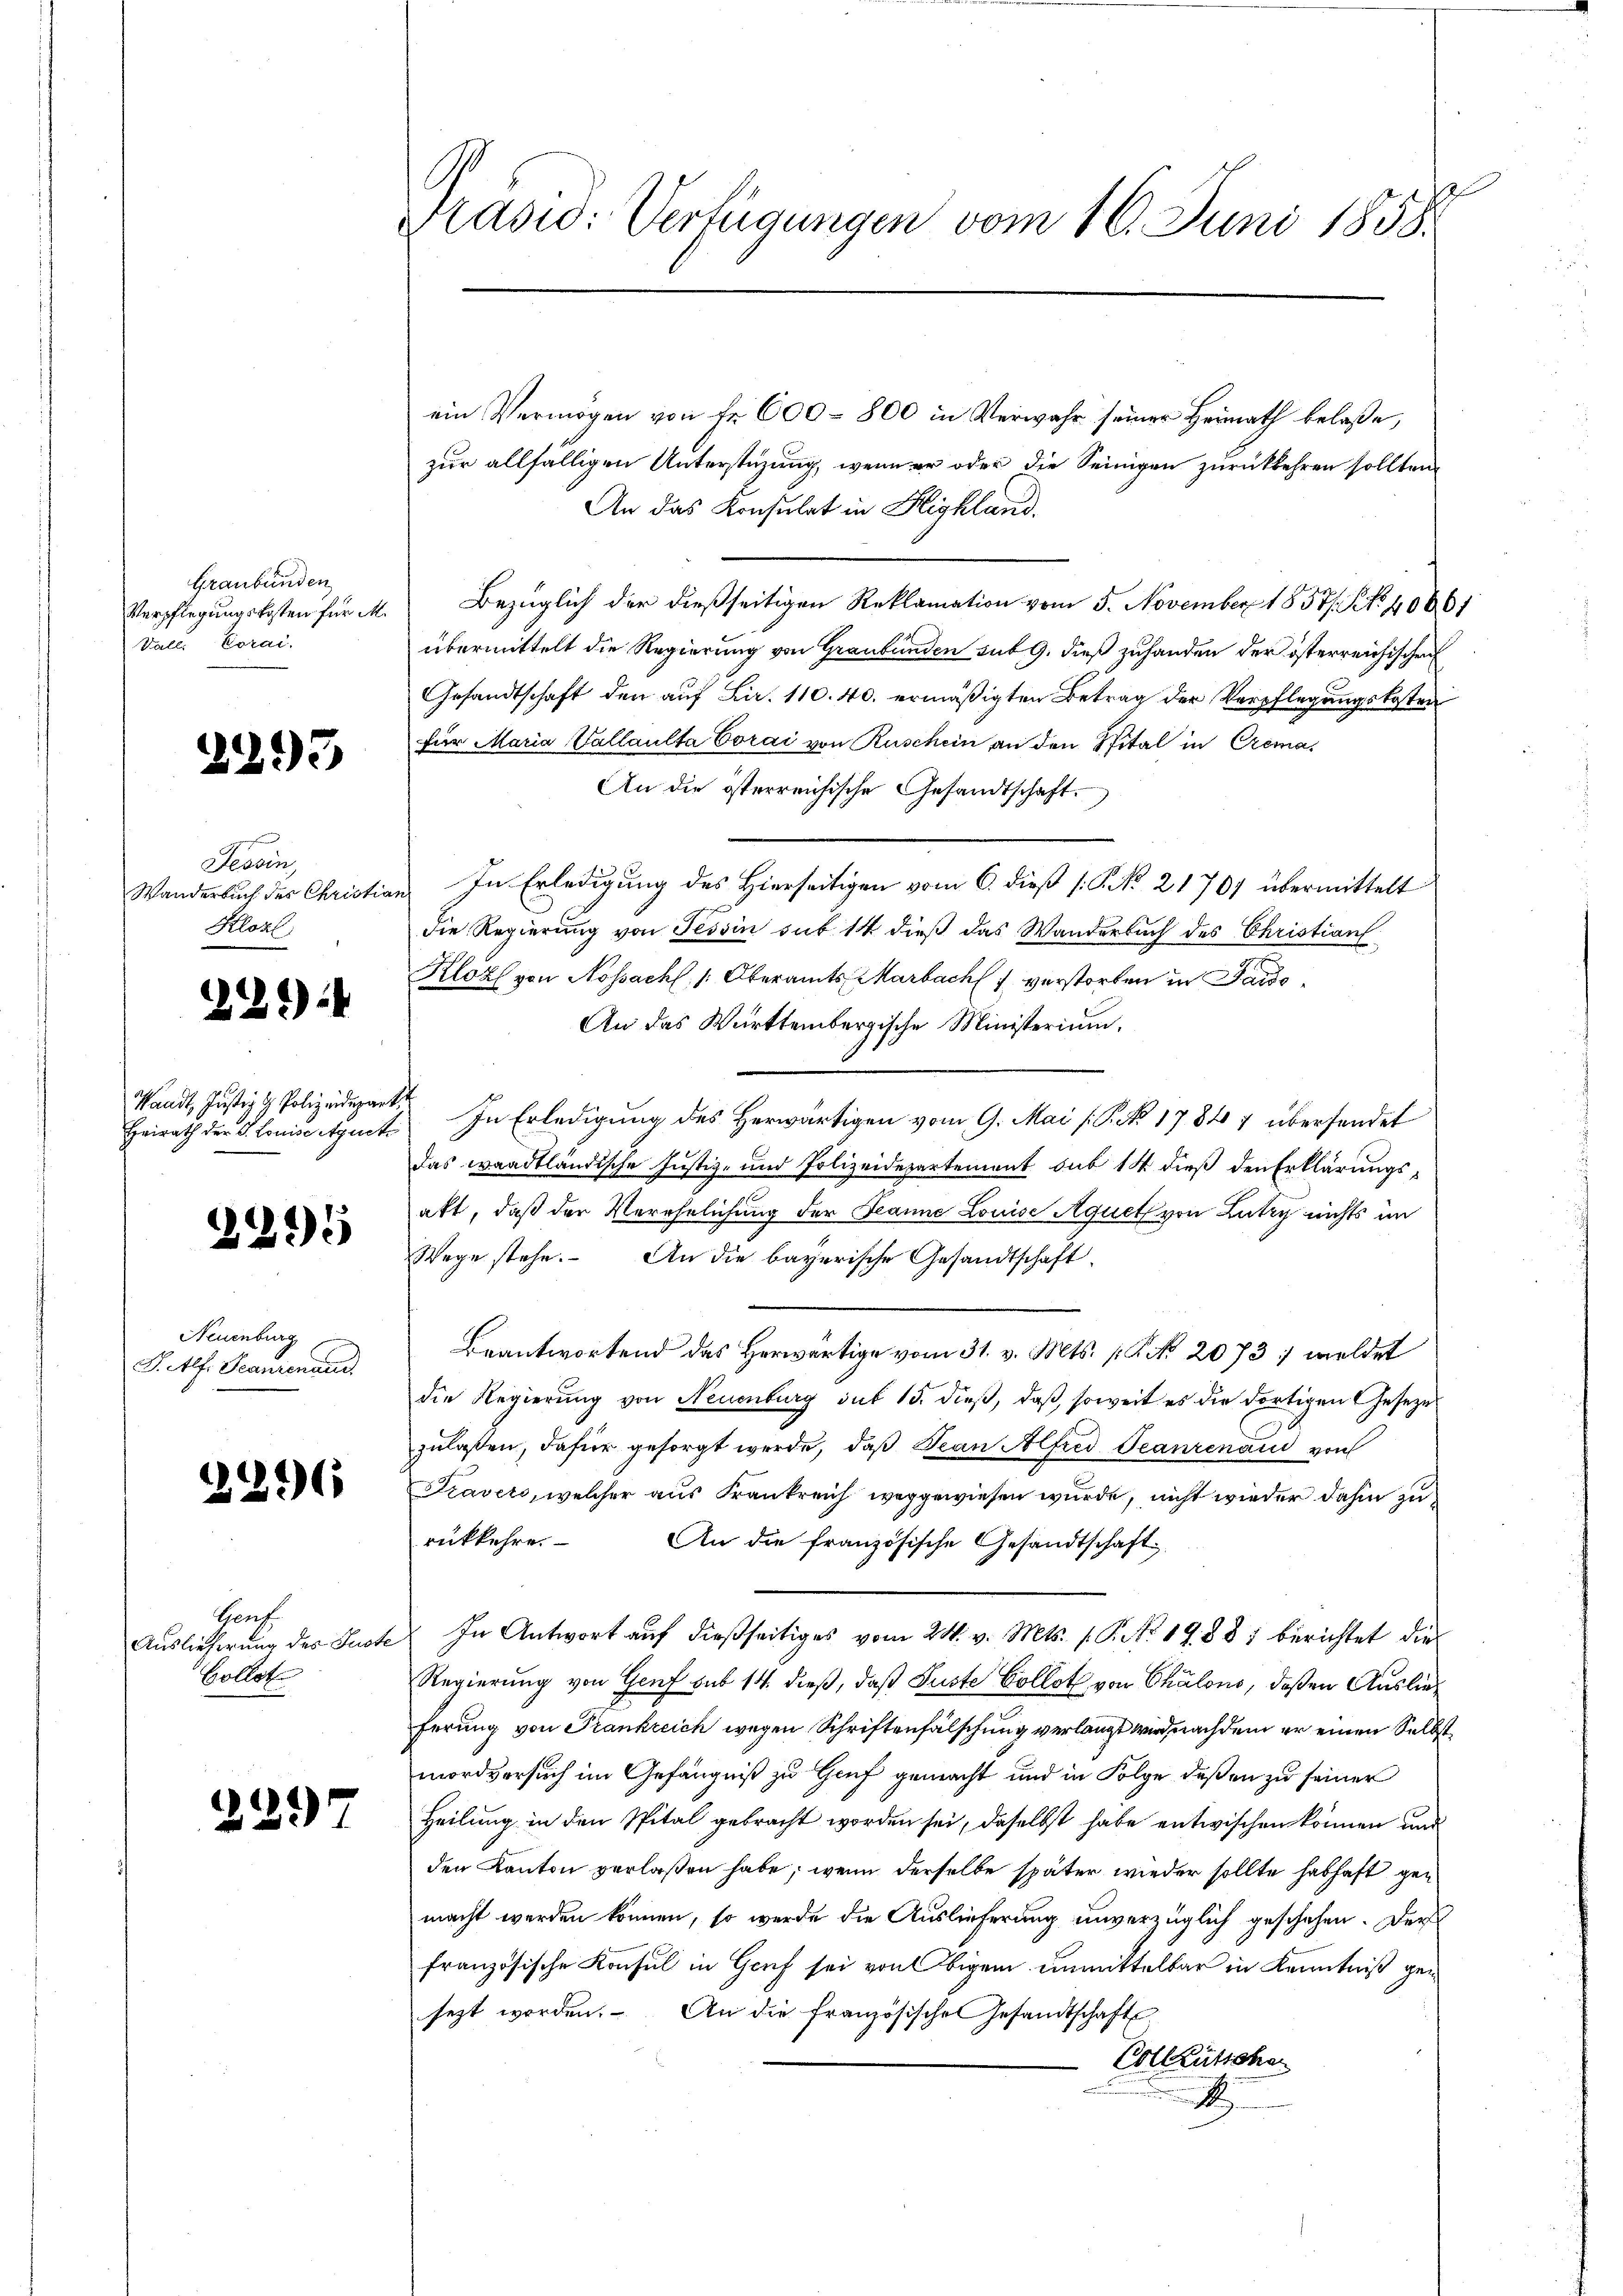
Graubünden
Verpflegungskosten für M.
Vall. Corai

2293

Tessin
Wanderbuch des Christia
Klozl

221)

Waadt, Justiz & Polizeidepart,
Heirath der S. Louise Atzuct

2295

Neuenburg
S. Alf. Jeanienaue

2

6

Genf
Auslieferung des Just
Collet

2297

Präsid: Verfügungen vom 16. Juni 1858.

ein Vermögen von Fr. 600 - 800 in Verwahr seiner Heimath belaße,
zur allfälligen Unterstüzung, wenn er oder die Seinigen zurückkehren sollten
An das Konsulat in Highland.
Bezüglich der dießseitigen Reklamation vom 5. November 1857. No. 40661
übermittelt die Regierung von Graubünden sub 9. dieß zuhanden der österreichischen
Gesandtschaft den auf Lir. 110. 40. ermäßigten Betrag der Verpflegungskosten
für Maria Vallaulta Corai von Ruschein an den Spital in Crema¬
An die österreichische Gesandtschaft.
In Erledigung des Hierseitigen vom 6. dieß (N. No. 21707 übermittelt
die Regierung von Tessin sub 14 dieß das Wanderbach des Christian
Kloz von Nossach, Oberamts Marbach verstorben in Sardi¬
An das Württembergische Ministerium.
In Erledigung des Herwärtigen vom 9. Mai [P. No 1784 7 übersendet
das waadtländische Justiz- und Polizeidepartement sub 14 dieß den Erklärungsakt, daß der Verehelichung der Jeanne Louise Aquet von Lutry nichts im
Wege stehe. An die bayerische Gesandtschaft
Beantwortend des Herwärtige vom 31. v. Mts. (T. No. 2073 :/ woldet
die Regierung von Neuenburg sub 15. dieß, daß, soweit es die dortigen Geseze
zulaßen, dafür gesorgt werde, daß Jean Alfred Jeanzenaud von
Travers, welcher aus Frankreich weggewiesen wurde, nicht wieder dahin zurükkehre.
An die französische Gesandtschaft
In Antwort auf dießseitiges vom 24. v. Mts. f. P. No 19. 881 berichtet die
Regierung von Genf sub 14 dieß, daß Suste Collot von Chalons, deßen Auslieferung von Frankreich wegen Schriftenfälschung verlangt wird, nachdem er einen Selbstmordversuch im Gefängniß zu Genf gemacht und in Folge deßen zu seiner
Heilung in den Spital gebracht worden sei, daselbst habe entwischen können und
den Kanton verlassen habe, wenn derselbe später wieder sollte habhaft gemacht werden können, so werde die Auslieferung unverzüglich geschehen. Der
französische Konsul in Genf sei von Obigen unmittelbar in Kenntniß gesezt worden. An die französischen Gesandtschaft
Vollzütschen
.